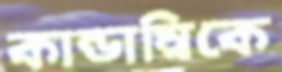
কান্ডাম্বিকে